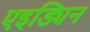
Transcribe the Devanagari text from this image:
एइड्यिन